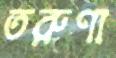
তরুণা